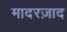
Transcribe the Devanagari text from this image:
मादरज़ाद